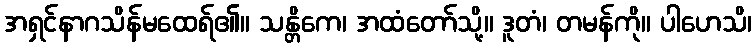
အရှင်နာဂသိန်မထေရ်၏။ သန္တိကေ၊ အထံတော်သို့။ ဒူတံ၊ တမန်ကို။ ပါဟေသိ၊